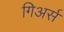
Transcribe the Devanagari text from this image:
गिअर्स